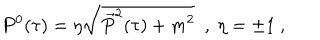
LaTeX: P ^ { 0 } ( \tau ) = \eta \sqrt { \vec { P } ^ { 2 } ( \tau ) + m ^ { 2 } } \ \ , \ \eta = \pm 1 \ ,